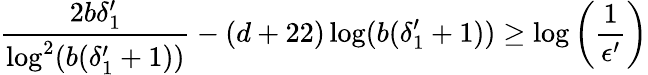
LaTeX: \frac{2b\delta_{1}^{\prime}}{\log^{2}(b(\delta_{1}^{\prime}+1))}-(d+22)\log(b(\delta_{1}^{\prime}+1))\geq\log\left(\frac{1}{\epsilon^{\prime}}\right)